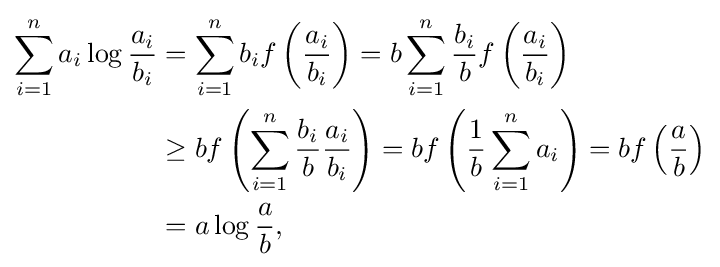
{\begin{aligned}\sum _{i=1}^{n}a_{i}\log {\frac {a_{i}}{b_{i}}}&{}=\sum _{i=1}^{n}b_{i}f\left({\frac {a_{i}}{b_{i}}}\right)=b\sum _{i=1}^{n}{\frac {b_{i}}{b}}f\left({\frac {a_{i}}{b_{i}}}\right)\\&{}\geq bf\left(\sum _{i=1}^{n}{\frac {b_{i}}{b}}{\frac {a_{i}}{b_{i}}}\right)=bf\left({\frac {1}{b}}\sum _{i=1}^{n}a_{i}\right)=bf\left({\frac {a}{b}}\right)\\&{}=a\log {\frac {a}{b}},\end{aligned}}